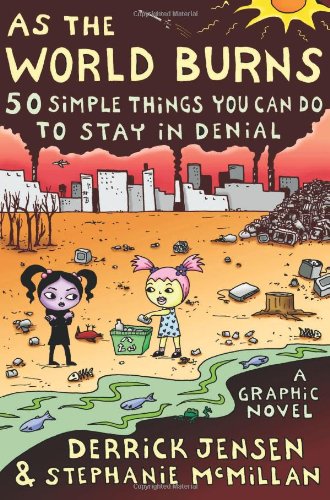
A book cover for As the World Burns: 50 Simple Things You Can Do to Stay in Denial#A Graphic Novel; Derrick Jensen; Humor & Entertainment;